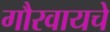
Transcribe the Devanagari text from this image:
गौरवायचे